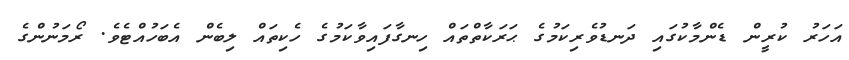
އަހަރު ކުރީން ޑެންމާކުގައި ދަނޑުވެރިކަމުގެ ޙަރަކާތްތައް ހިނގާފައިވާކަމުގެ ހެކިތައް ލިބެން އެބަހުއްޓެވެ. ރޯމަނުންގެ